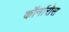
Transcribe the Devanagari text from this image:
कॉर्नारोस